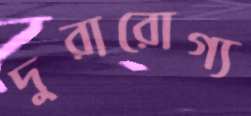
দুরারোগ্য